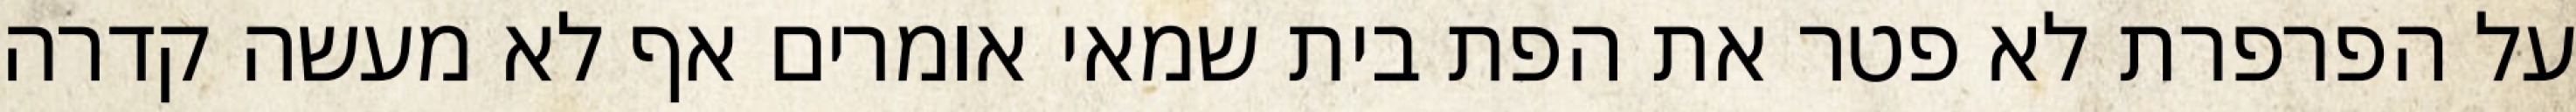
על הפרפרת לא פטר את הפת בית שמאי אומרים אף לא מעשה קדרה